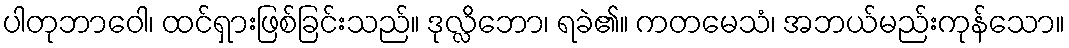
ပါတုဘာဝေါ၊ ထင်ရှားဖြစ်ခြင်းသည်။ ဒုလ္လိဘော၊ ရခဲ၏။ ကတမေသံ၊ အဘယ်မည်းကုန်သော။